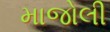
માજોલી